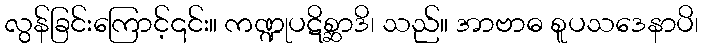
လွန်ခြင်းကြောင့်၎င်း။ ကဏ္ဍုပဋိစ္ဆာဒိ၊ သည်။ အာဗာဓ စူပသဒေနာပိ၊